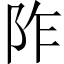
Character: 阼